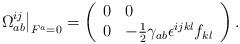
LaTeX: \begin{align*}\left. \Omega _{ab}^{ij}\right| _{F^{a}=0}=\left( \begin{array}{ll}0 & 0 \\ 0 & -\frac{1}{2}\gamma _{ab}\epsilon ^{ijkl}f_{kl}\end{array}\right) .\end{align*}